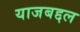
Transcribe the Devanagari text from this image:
याजबद्दल